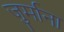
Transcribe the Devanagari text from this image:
जु्र्माना